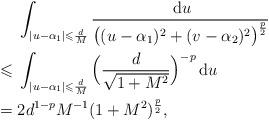
LaTeX: \begin{align*} &\int_{|u-\alpha_1| \leqslant\frac{d}{M}} \frac{\,\mathrm{d} u} {\big((u-\alpha_1)^2+(v-\alpha_2)^2\big)^{\frac{p}{2}}} \\ \leqslant{} &\int_{|u-\alpha_1| \leqslant\frac{d}{M}} \Big(\frac{d}{\sqrt{1+M^2}}\Big)^{-p}\,\mathrm{d} u \\ ={} &2d^{1-p}M^{-1}(1+M^2)^{\frac{p}{2}}, \end{align*}